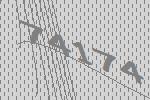
74174